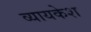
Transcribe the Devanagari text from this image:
व्यायकेश